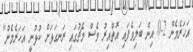
އަހަރެމެން 2-0 އިން ބަލިވެފައި އޮތްއިރު ވެސް މެޗުގައި ރަނގަޅަށް ކުޅުނީ އަހަރެމެން"